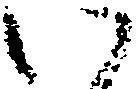
い